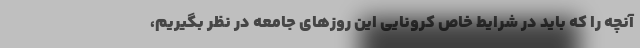
آنچه را که باید در شرایط خاص کرونایی این روزهای جامعه در نظر بگیریم،